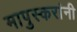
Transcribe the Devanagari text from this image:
मापुस्करांनी